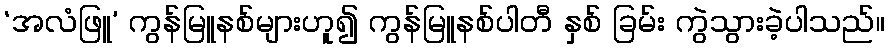
‘အလံဖြူ’ ကွန်မြူနစ်များဟူ၍ ကွန်မြူနစ်ပါတီ နှစ် ခြမ်း ကွဲသွားခဲ့ပါသည်။